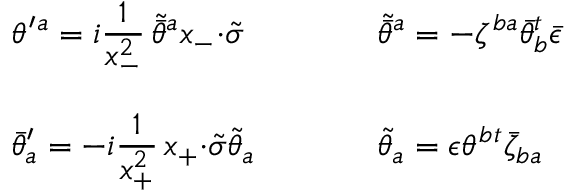
\begin{array} { l l } { { \theta ^ { \prime } { } ^ { a } = i \displaystyle { \frac { 1 } { x _ { - } ^ { 2 } } \, \tilde { \bar { \theta } } { } ^ { a } x _ { - } { \cdot \tilde { \sigma } } } ~ ~ ~ ~ } } & { { ~ ~ ~ ~ \tilde { \bar { \theta } } { } ^ { a } = - \zeta ^ { b a } \bar { \theta } _ { b } ^ { t } \bar { \epsilon } } } \\ { { { } } } & { { { } } } \\ { { \bar { \theta } _ { a } ^ { \prime } = - i \displaystyle { \frac { 1 } { x _ { + } ^ { 2 } } \, x _ { + } { \cdot \tilde { \sigma } } \tilde { \theta } _ { a } } ~ ~ ~ ~ } } & { { ~ ~ ~ ~ \tilde { \theta } _ { a } = \epsilon \theta ^ { b } { } ^ { t } \bar { \zeta } _ { b a } } } \end{array}